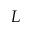
L